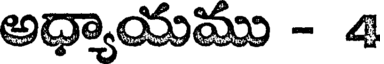
అధ్యాయము - 4